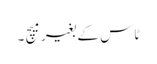
ٹاس کے بغیر میچ ۔